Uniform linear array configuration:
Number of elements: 8
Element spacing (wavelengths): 0.75
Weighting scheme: hann
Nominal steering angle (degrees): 15
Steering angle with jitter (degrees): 14.931
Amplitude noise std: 0.05
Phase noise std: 0.05

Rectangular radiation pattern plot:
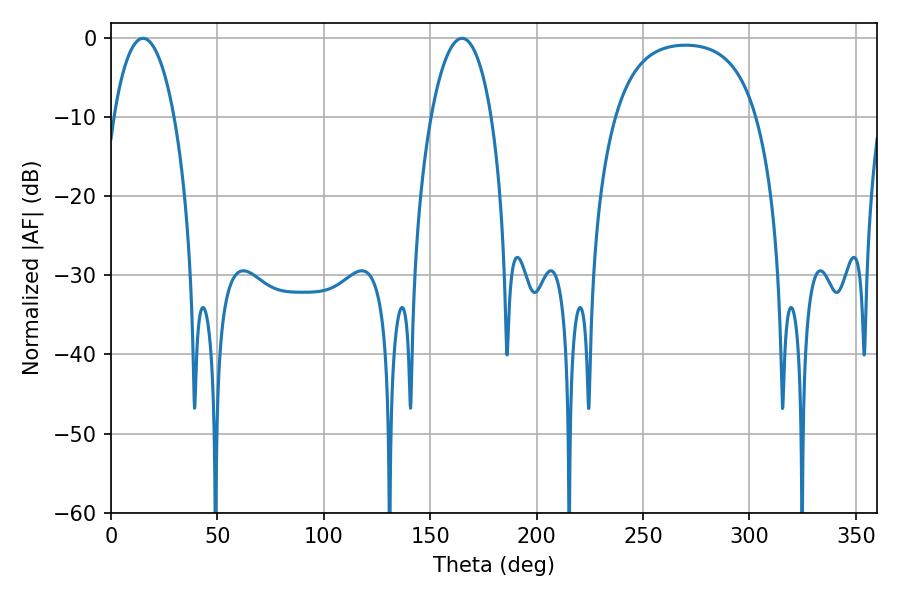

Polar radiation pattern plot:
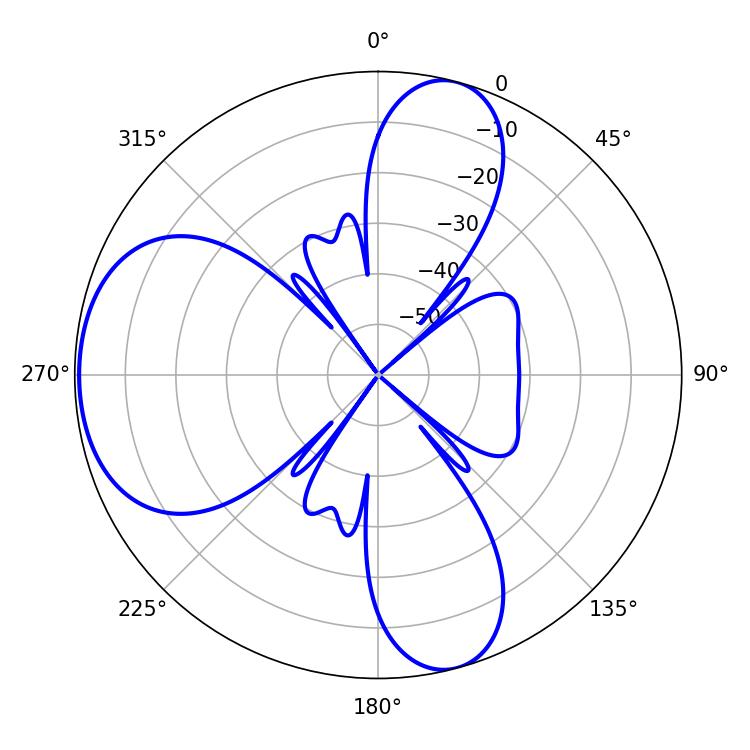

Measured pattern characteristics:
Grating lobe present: TRUE
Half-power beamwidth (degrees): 16.02
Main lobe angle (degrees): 15.12